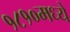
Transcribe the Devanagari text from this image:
१८१०मध्ये